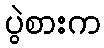
ပွဲစားက